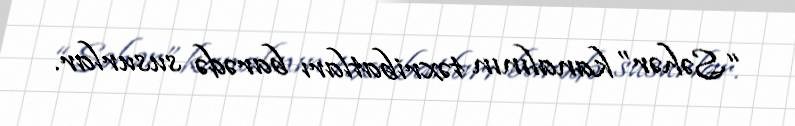
“Səhər” kanalının təxribatları barədə susurlar.